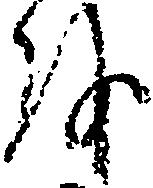
を